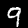
Digit: 9